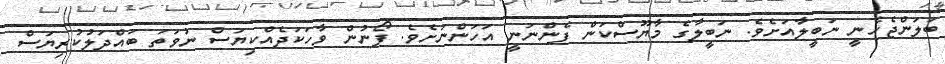
ބަލަންޖެހެނީ ނަބީލާއަށެވެ. ނަބީލާގެ މާޔޫސްކަން ފެންނަނީ އަހަންނަށެވެ. ފޯނުން ވާހަކަދެއްކިިޔަސް ނުވަތަ ބައްދަލުކުރިޔަސް